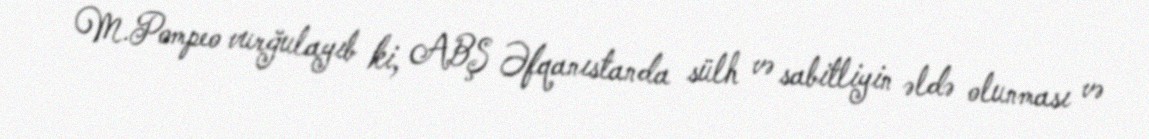
M.Pompeo vurğulayıb ki, ABŞ Əfqanıstanda sülh və sabitliyin əldə olunması və